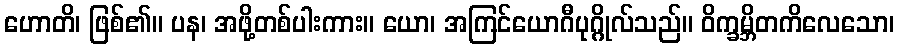
ဟောတိ၊ ဖြစ်၏။ ပန၊ အဖို့တစ်ပါးကား။ ယော၊ အကြင်ယောဂီပုဂ္ဂိုလ်သည်။ ဝိက္ခမ္ဘိတကိလေသော၊